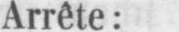
Arrête;